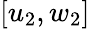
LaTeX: [u_{2},w_{2}]